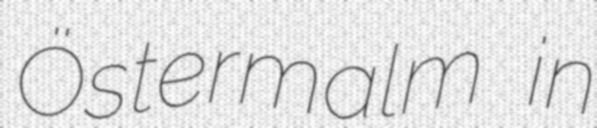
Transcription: Östermalm in